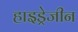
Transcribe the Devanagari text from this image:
हाइड्रेजीन